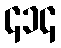
၄၁၄